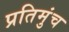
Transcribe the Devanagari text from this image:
प्रतिमुंच